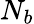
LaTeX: N_{b}